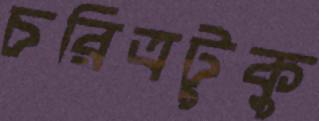
চরিত্রটুকু